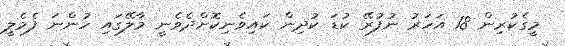
މީގެކުރިން 18 އަހަރު ނުފުރޭ ކުޑަ ކުދިން ކައިވެނިކޮށްދެވެނީ މާލޭގައި ހުންނަ ފެމެލީ